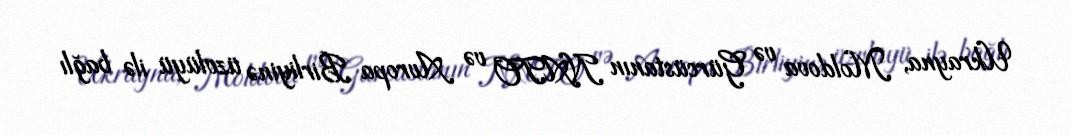
Ukrayna, Moldova və Gürcüstanın NATO və Avropa Birliyinə üzvlüyü ilə bağlı